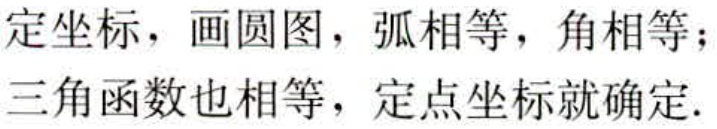
定坐标，画圆图，弧相等，角相等；

三角函数也相等，定点坐标就确定.